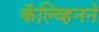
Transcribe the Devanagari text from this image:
कॅल्व्हिनने